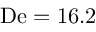
\mathrm { D e } = 1 6 . 2